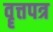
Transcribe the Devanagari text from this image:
वॄत्तपत्र